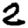
Digit: 2